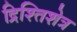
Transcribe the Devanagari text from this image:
द्रिश्तिशेत्र